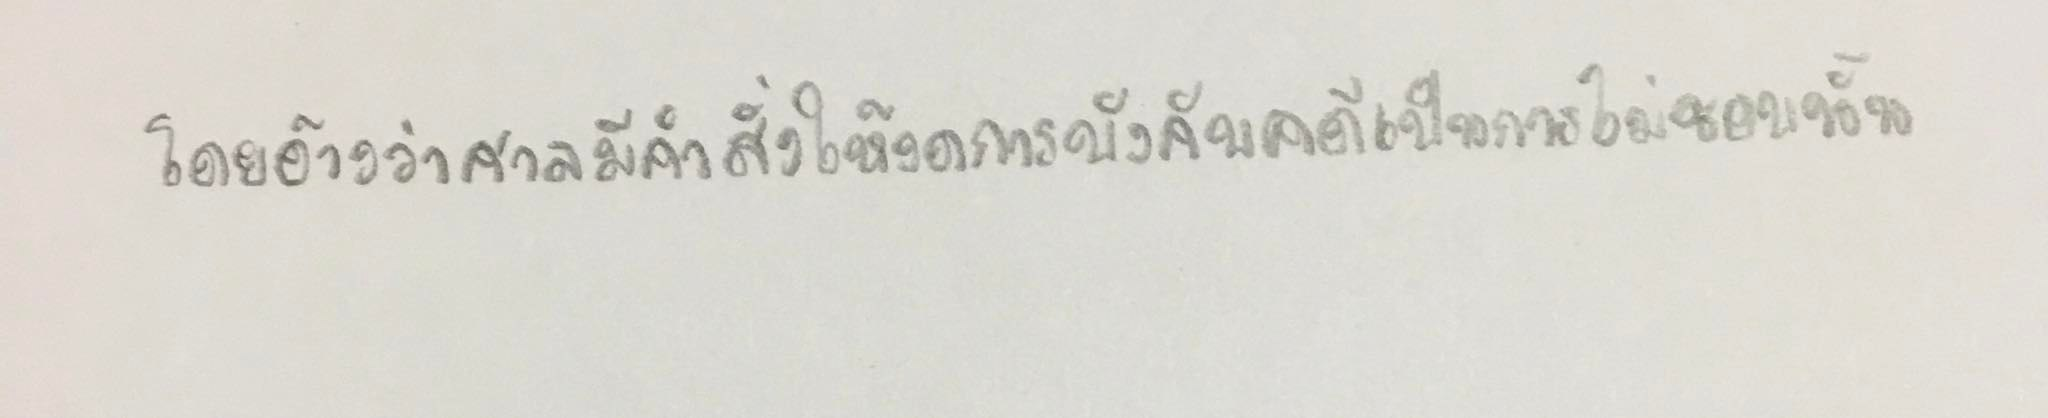
โดยอ้างว่าศาลมีคำสั่งให้งดการบังคับคดีเป็นการไม่ชอบนั้น